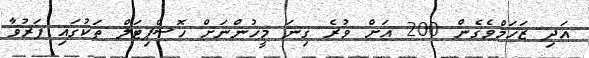
އަދި ޒަހަމްވެގެން 200 އަށް ވުރެ ގިނަ މީހުންނަށް ހޮސްޕިޓަލް ތަކުގައި ފަރުވާ